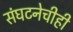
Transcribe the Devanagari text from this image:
संघटनेचीही